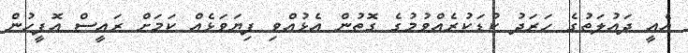
އެއީ ދައުލަތުގެ ހަރަދު ކުޑަކުރެއްވުމުގެ ގޮތުން އެޅުއްވި ފިޔަވަޅެއް ކަމަށް ރައީސް އޮފީހުން